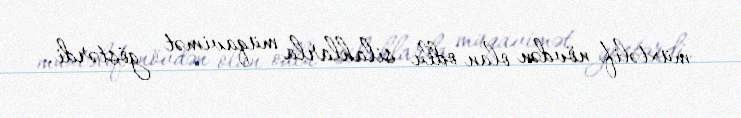
müxtəlif növdən olan odlu silahlarla müqavimət göstərdi.